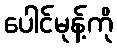
ပေါင်မုန့်ကို